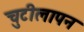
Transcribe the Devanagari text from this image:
चुटीलापन